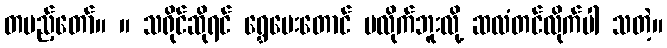
တပည့်တော်။ ။ သရိုင်ဆိုရင် ရွှေပေးတောင် မလိုက်ဘူးလို့ ဆလံတင်လိုက်ပါ သတဲ့။